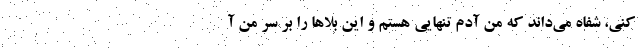
کنی، شفاه می‌داند که من آدم تنهایی هستم و این بلاها را بر سر من آ